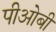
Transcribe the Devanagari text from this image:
पीओबी